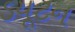
ડયૂટન